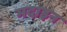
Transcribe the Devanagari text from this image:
मदाइन